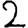
Digit: 2